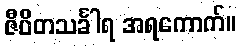
ဇီဝိတသင်္ခါရ အရကောက်။